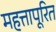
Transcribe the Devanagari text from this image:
महत्तापूरित